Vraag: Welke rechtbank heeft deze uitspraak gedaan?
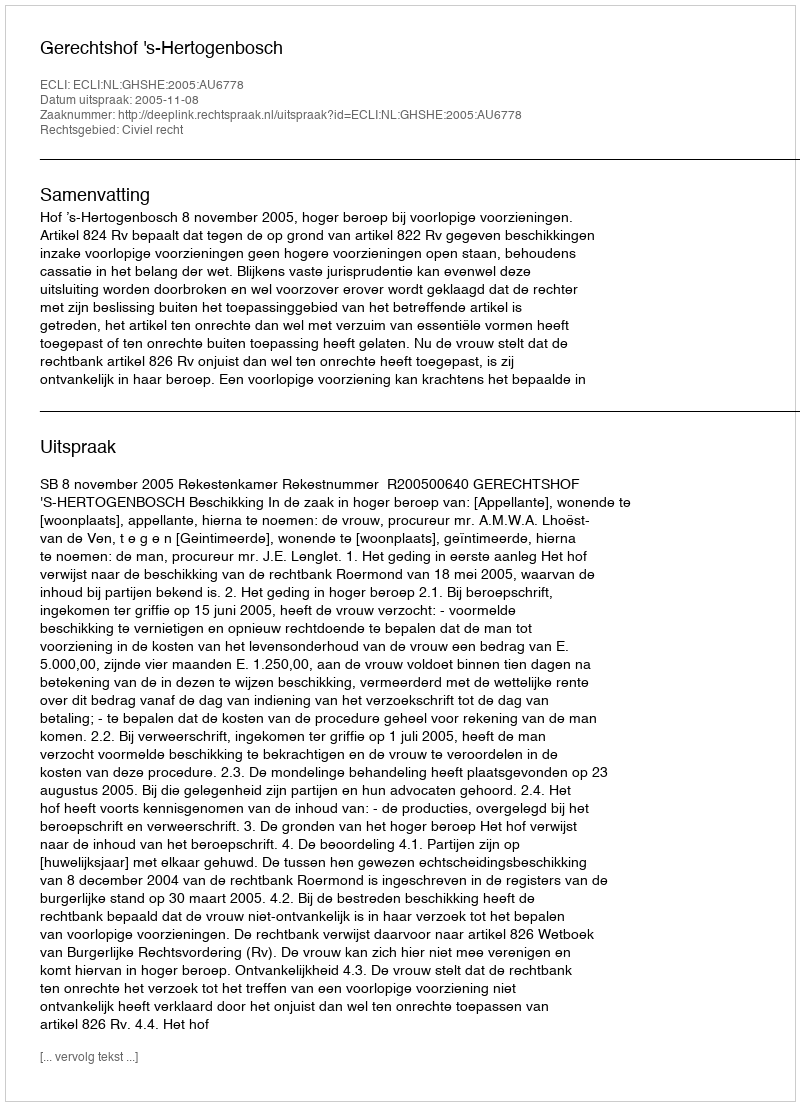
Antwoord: Gerechtshof 's-Hertogenbosch